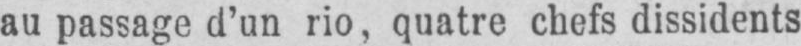
au passage d’un rio, quatre chefs dissidents